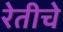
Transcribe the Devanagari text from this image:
रेतीचे